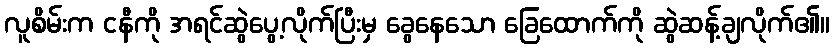
လူစိမ်းက ငနီကို အရင်ဆွဲပွေ့လိုက်ပြီးမှ ခွေနေသော ခြေထောက်ကို ဆွဲဆန့်ချလိုက်၏။